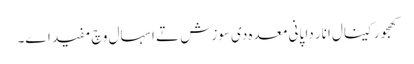
کھجور کینال انار دا پانی معدہ د‏‏ی سوزش تے اسہال وچ مفید ا‏‏ے۔